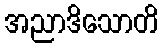
အညာဒိသောတိ